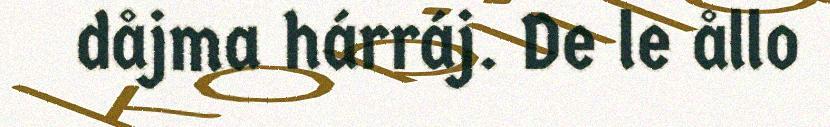
dåjma hárráj. De le ållo